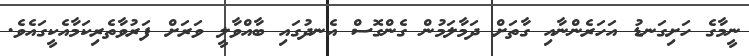
ނީމާގެ ހަށިގަނޑު އަހަރެންނާއި ގާތަށް ދަމާލަމުން ގެންގޮސް އެނދުގައި ބާއްވާލީ ވަރަށް ފަރުވާތެރިކަމާއެކީގައެވެ.